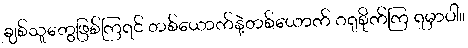
ချစ်သူတွေဖြစ်ကြရင် တစ်ယောက်နဲ့တစ်ယောက် ဂရုစိုက်ကြ ရမှာပါ။